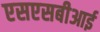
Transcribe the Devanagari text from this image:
एसएसबीआई